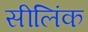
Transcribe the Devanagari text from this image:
सीलिंक